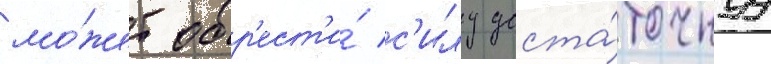
мо́жет обр'ест'и́ с'илу доста́точнуу